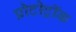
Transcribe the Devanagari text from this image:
प्रोटोट्रॉक